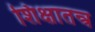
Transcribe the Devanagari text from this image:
शिक्षातन्त्र